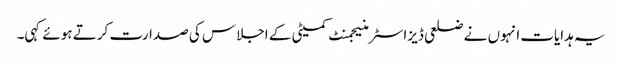
یہ ہدایات انہوں نے ضلعی ڈیزاسٹر منیجمنٹ کمیٹی کے اجلاس کی صدارت کرتے ہوئے کہی۔